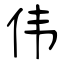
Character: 伟